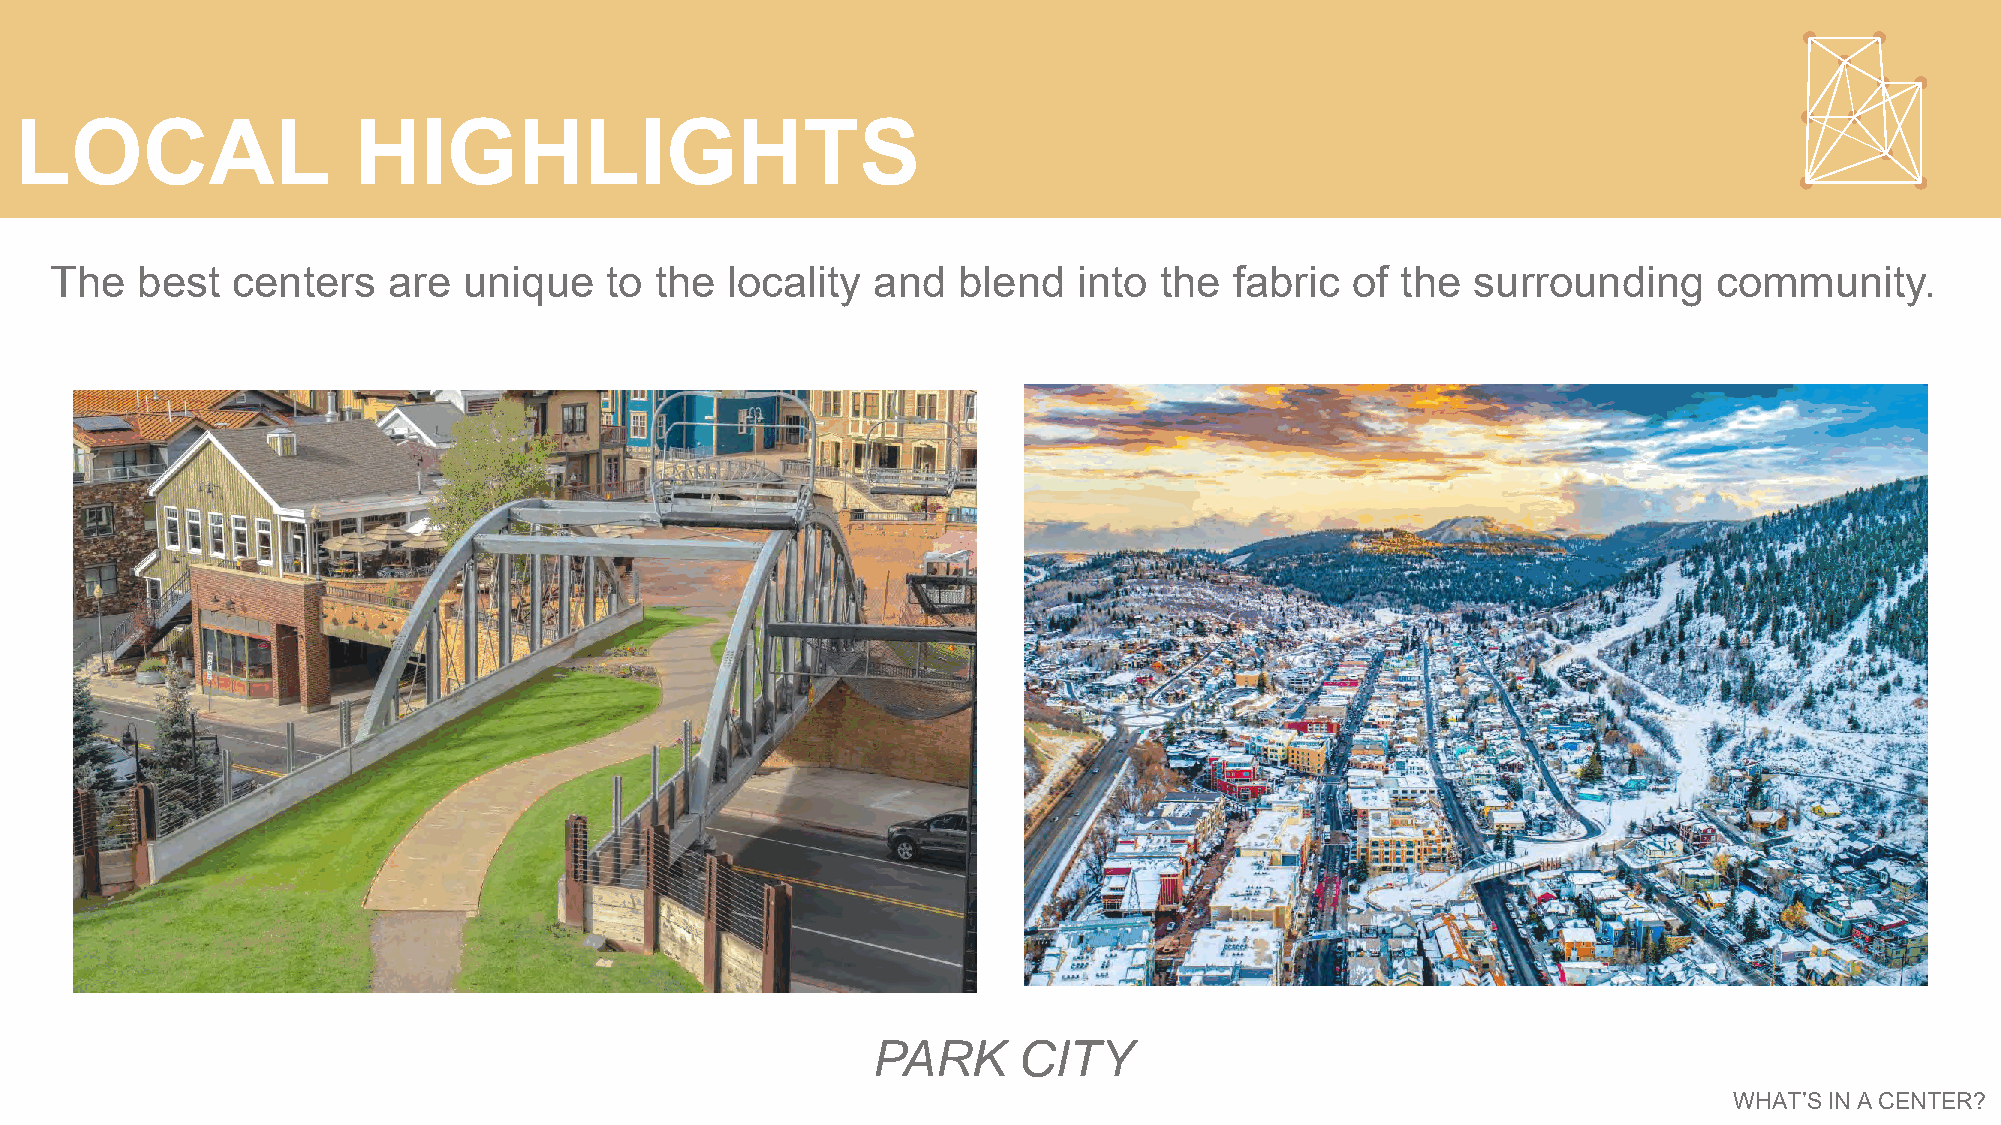
LOCAL                 HIGHLIGHTS
 The   best  centers    are  unique   to the  locality  and  blend   into  the  fabric of  the surrounding      community.
 PARK     CITY
 WHAT’S IN A CENTER?